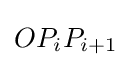
OP_{i}P_{i+1}